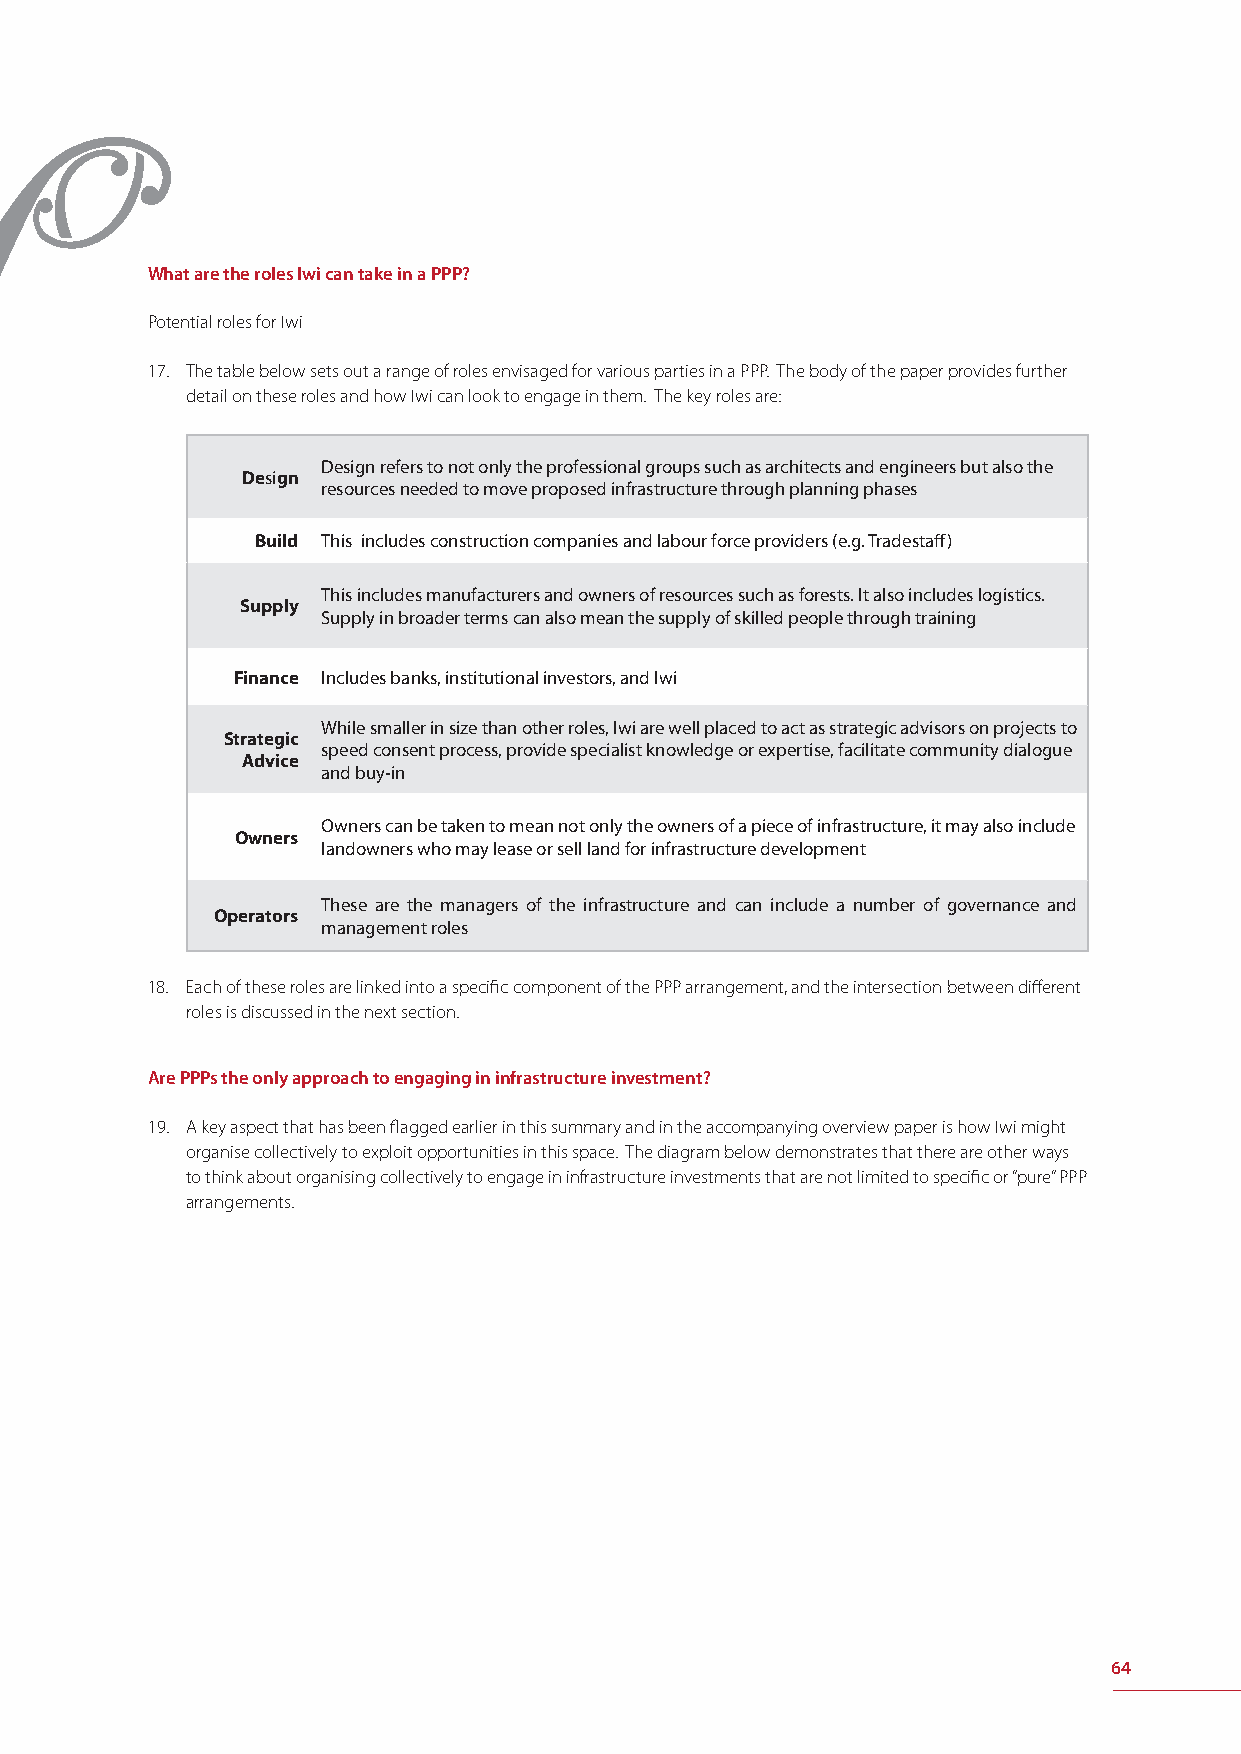
What are the roles Iwi can take in a PPP?
 Potential roles for Iwi
 17. The table below sets out a range of roles envisaged for various parties in a PPP. The body of the paper provides further
 detail on these roles and how Iwi can look to engage in them. The key roles are:
 Design refers to not only the professional groups such as architects and engineers but also the
 Design
 resources needed to move proposed infrastructure through planning phases
 Build This includes construction companies and labour force providers (e.g. Tradestaff )
 This includes manufacturers and owners of resources such as forests. It also includes logistics.
 Supply
 Supply in broader terms can also mean the supply of skilled people through training
 Finance Includes banks, institutional investors, and Iwi
 While smaller in size than other roles, Iwi are well placed to act as strategic advisors on projects to
 Strategic
 speed consent process, provide specialist knowledge or expertise, facilitate community dialogue
 Advice
 and buy-in
 Owners can be taken to mean not only the owners of a piece of infrastructure, it may also include
 Owners
 landowners who may lease or sell land for infrastructure development
 These are the managers of the infrastructure and can include a number of governance and
 Operators
 management roles
 18. Each of these roles are linked into a specifi c component of the PPP arrangement, and the intersection between diff erent
 roles is discussed in the next section.
 Are PPPs the only approach to engaging in infrastructure investment?
 19. A key aspect that has been fl agged earlier in this summary and in the accompanying overview paper is how Iwi might
 organise collectively to exploit opportunities in this space. The diagram below demonstrates that there are other ways
 to think about organising collectively to engage in infrastructure investments that are not limited to specifi c or “pure” PPP
 arrangements.
 64